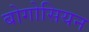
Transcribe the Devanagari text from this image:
बोगोसियन